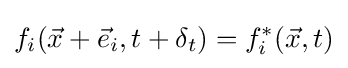
f_{i}({\vec {x}}+{\vec {e}}_{i},t+\delta _{t})=f_{i}^{\ast }({\vec {x}},t)\,\!